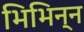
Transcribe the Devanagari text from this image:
भिभिन्न